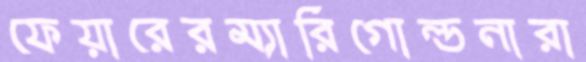
ফেয়ারেরম্যারিগোল্ডনারা